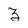
Character: 3